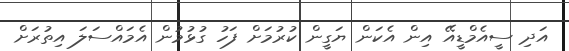
އަދި ސީއެމްޑީއޭ އިން އެކަން ޔަގީން ކުރުމަށް ފަހު ގުޅުމުން އެމައްސަލަ އިތުރަށް